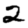
Digit: 2